Indian journal of veterinary science and animal husbandry - Volumes 22-23, 1952-1953
Year: 1952
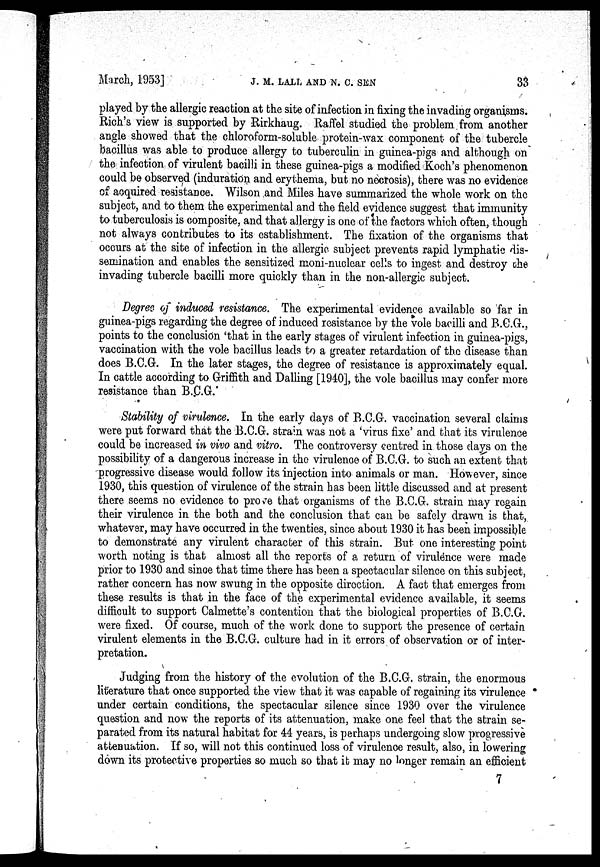
March, 1953]
J.
M.
LALL,
AND
N.
C.
SENA
33
played by the allergic reaction at the site of infection in fixing the invading organisms.
Rich's view is supported by Rirkhaug. Raffel studied the problem from another
angle showed that the chloroform-soluble protein-wax component of the tubercle
bacillus was able to produce allergy to tuberculin in guinea-pigs and although on
the infection of virulent bacilli in these guinea-pigs a modified Koch's phenomenon
could be observed (induration and erythema, but no necrosis), there was no evidence
of acquired resistance. Wilson and Miles have summarized the whole work on the
subject, and to them the experimental and the field evidence suggest that immunity
to tuberculosis is composite, and that allergy is one of the factors which often, though
not always contributes to its establishment. The fixation of the organisms that
occurs at the site of infection in the allergic subject prevents rapid lymphatic dis-
semination and enables the sensitized moni-nuclear cells to ingest and destroy the
invading tubercle bacilli more quickly than in the non-allergic subject.
Degree of induced resistance. The experimental evidence available so far in
guinea-pigs regarding the degree of induced resistance by the vole bacilli and B.C.G.,
points to the conclusion 'that in the early stages of virulent infection in guinea-pigs,
vaccination with the vole bacillus leads to a greater retardation of the disease than
does B.C.G. In the later stages, the degree of resistance is approximately equal.
In cattle according to Griffith and Dalling [1940], the vole bacillus may confer more
resistance than B.C.G.
Stability of virulence. In the early days of B.C.G. vaccination several claims
were put forward that the B.C.G. strain was not a 'virus fixe' and that its virulence
could be increased in vivo and vitro. The controversy centred in those days on the
possibility of a dangerous increase in the virulence of B.C.G. to such an extent that
progressive disease would follow its injection into animals or man. However, since
1930, this question of virulence of the strain has been little discussed and at present
there seems no evidence to prove that organisms of the B.C.G. strain may regain
their virulence in the both and the conclusion that can be safely drawn is that,
whatever, may have occurred in the twenties, since about 1930 it has been impossible
to demonstrate any virulent character of this strain. But one interesting point
worth noting is that almost all the reports of a return of virulence were made
prior to 1930 and since that time there has been a spectacular silence on this subject,
rather concern has now swung in the opposite direction. A fact that emerges from
these results is that in the face of the experimental evidence available, it seems
difficult to support Calmette's contention that the biological properties of B.C.G.
were fixed. Of course, much of the work done to support the presence of certain
virulent elements in the B.C.G. culture had in it errors of observation or of inter-
pretation.
Judging from the history of the evolution of the B.C.G. strain, the enormous
literature that once supported the view that it was capable of regaining its virulence
under certain conditions, the spectacular silence since 1930 over the virulence
question and now the reports of its attenuation, make one feel that the strain se-
parated from its natural habitat for 44 years, is perhaps undergoing slow progressive
attenuation. If so, will not this continued loss of virulence result, also, in lowering
down its protective properties so much so that it may no longer remain an efficient
7